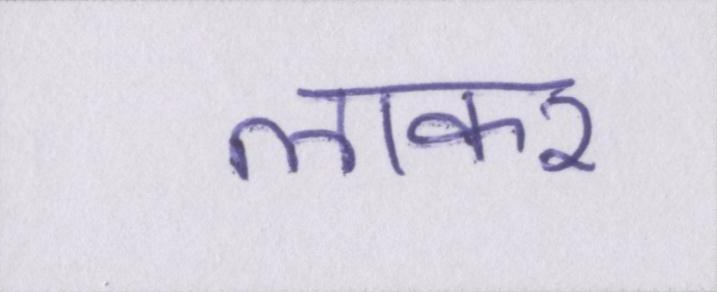
लाकर